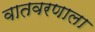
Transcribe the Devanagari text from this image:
वातवरणाला